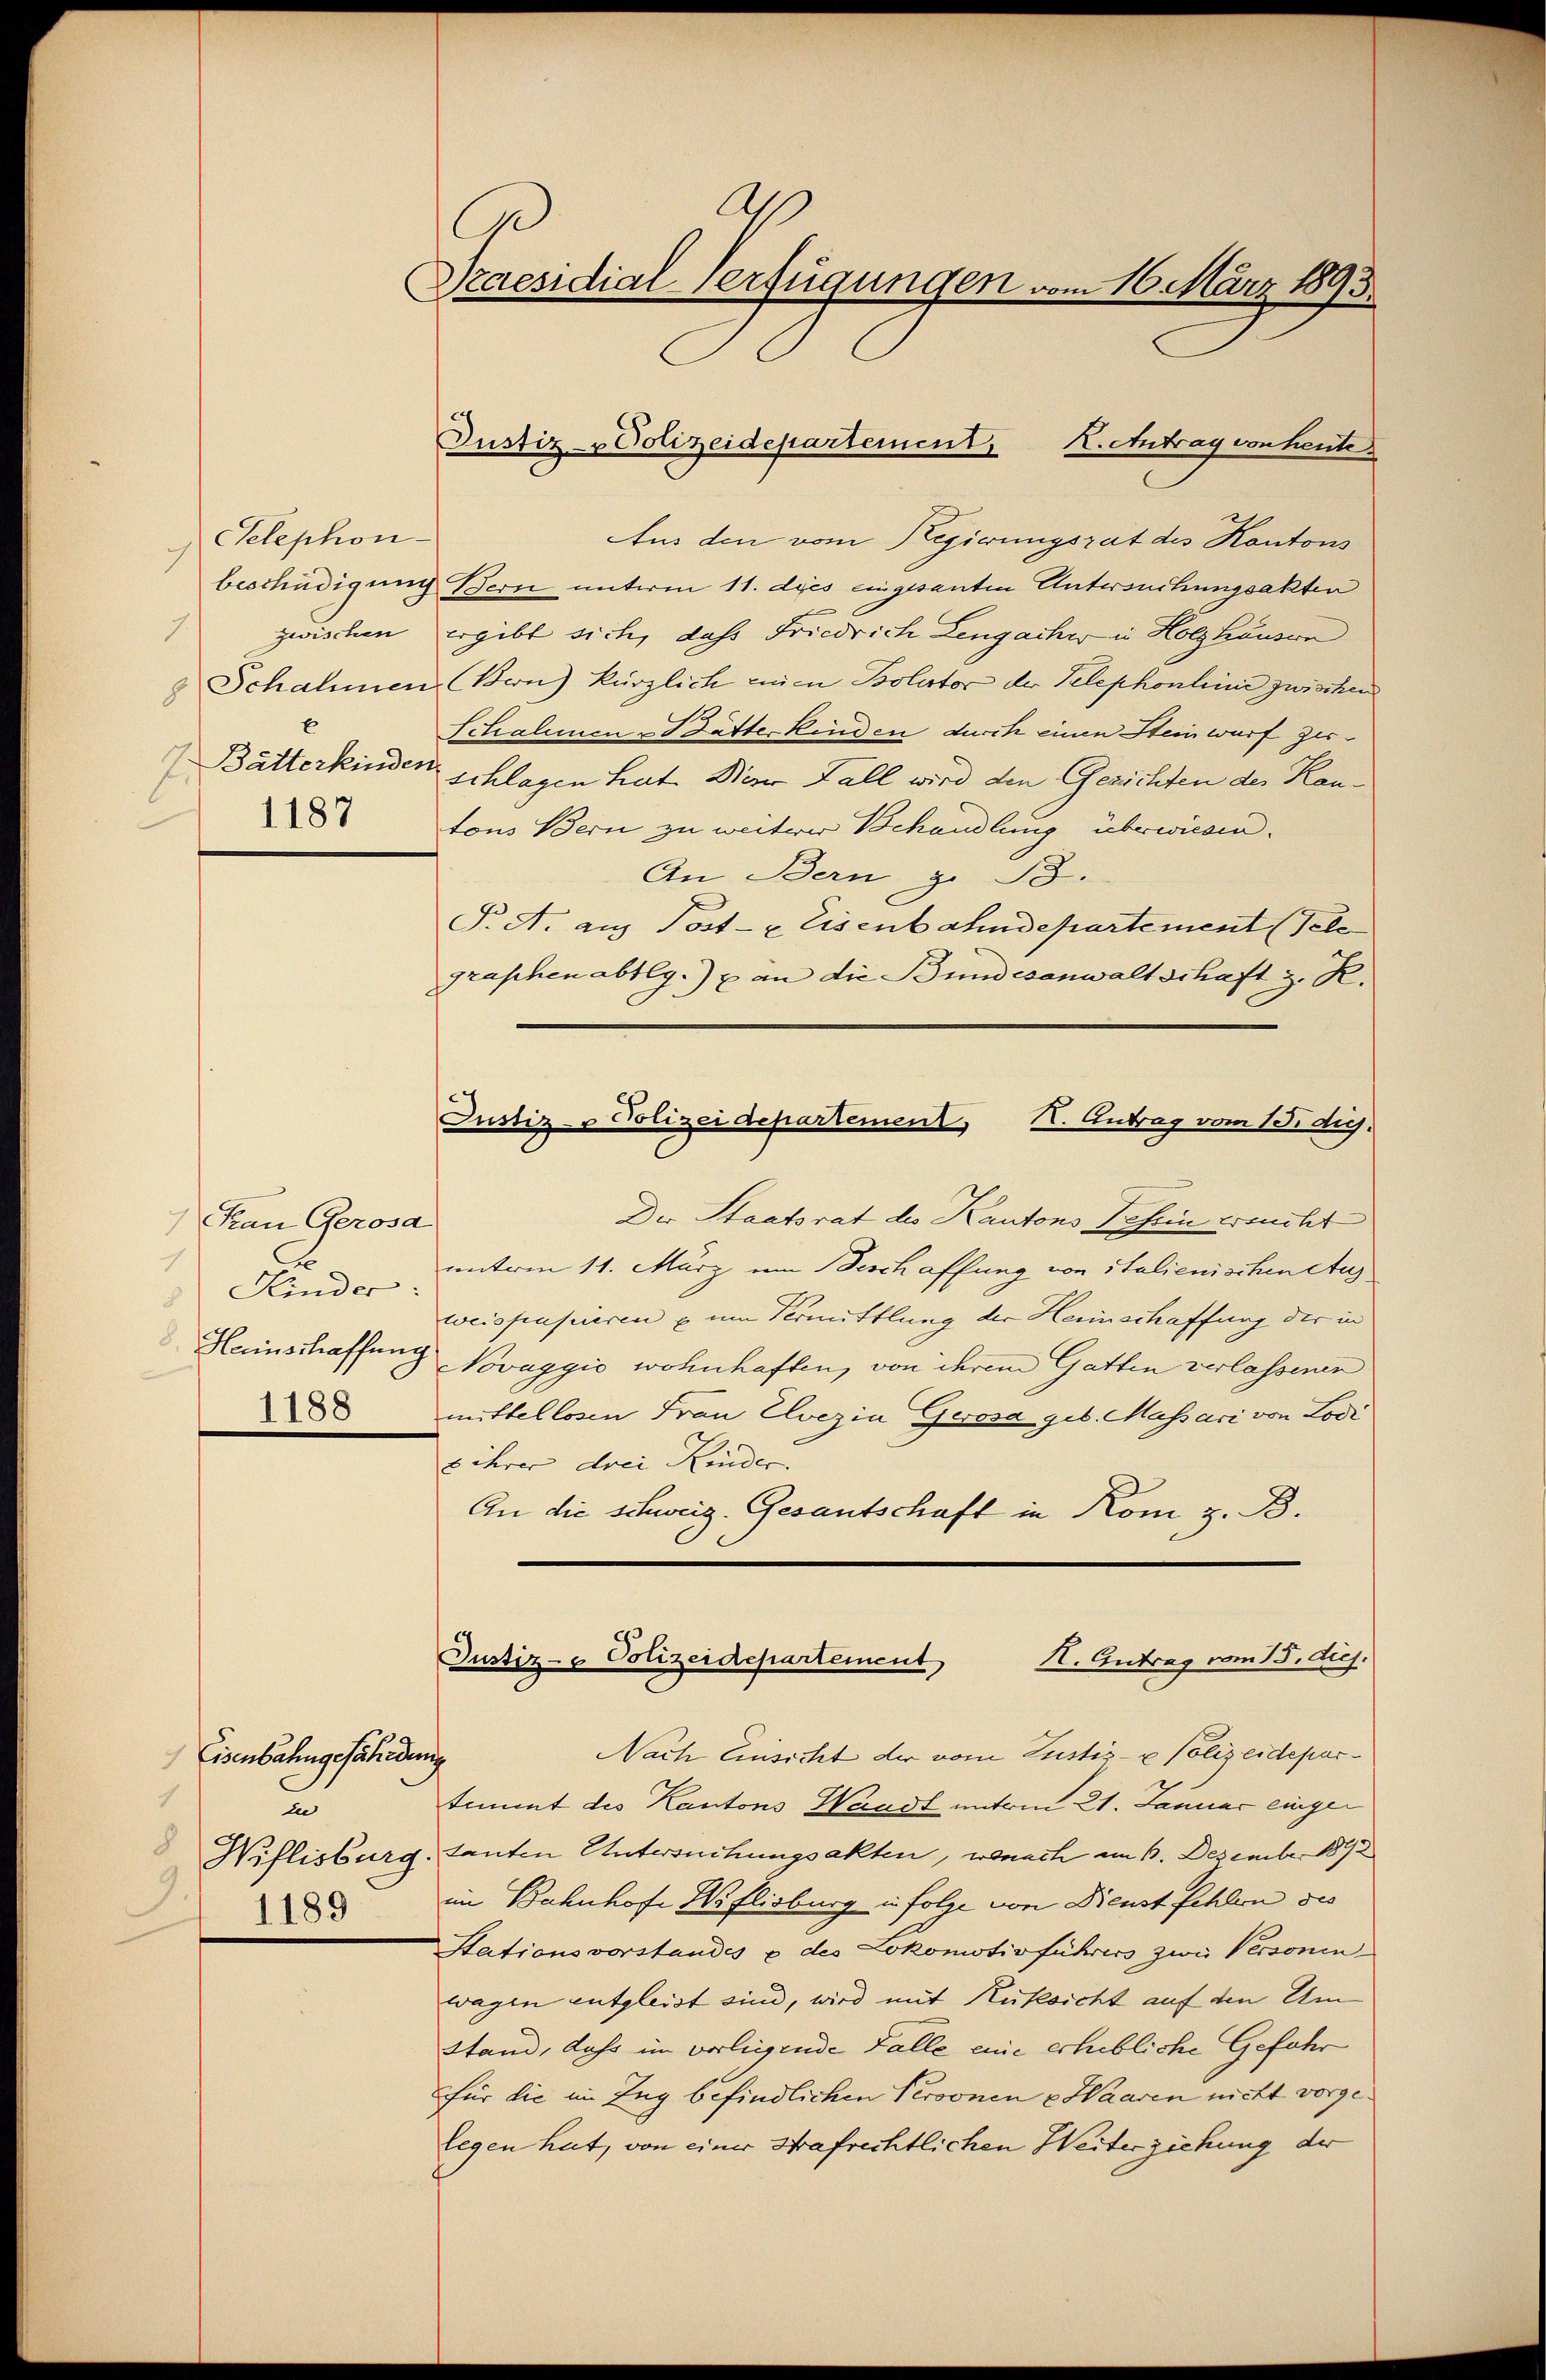
Telephon-
7
.
E
7. Butterkinden
1187

) Frau Gerosd
.
1
Kinder
8
Heinschaffung
1188

Eisenbahngefährdung
1
in
8
9.
1189

p
Praesidial-Verfügungen vom 16. März 1893.

Aus den vom Regierungsrat des Kantons
beschädigung Bern unterm 11. des eingesanten Untersuchungsakten
zwischen ergibt sich, dass Friedrich Lengacher in Holzhausen
& Schahmen (Bern) kürzlich ein Bolator der Telephonlinie zwischen
Schalenen & dätte Kinden durch einen Steinwurf zur
schlagen hat. Dieser Fall wird den Gesichten des Kantons Bern zu weiterer Behandlung überwiesen.
An Bern, z. B.
P. A. aus Post- & Eisenbahndepartement (Tele
graphenabtlg.) an die Bundesanwaltschaft z. R.
Justiz- & Polizeidepartement, I. Antrag vom 13. die.
Die Staatsrat des Kantons Tessin ersucht
unterm 11. März um Beschaffung von italienischen Aus
weispusiieren u um Vermittlung der Heinschaffung der in
Novaggio wohnhaften, von ihrem Gatten verlassener
mittellosen Frau Elvezin Gerosa geb. Massari von Lodr
s ihrer drei Kinder.
An die schweiz. Gesantschaft in Kom, z. B.

Justiz-Polizeidepartement, K. Antrag von heute

Justiz- & Polizeidepartement
X. Antrag vom 15. diej.

Nach Einsicht der vom Zustiz- u Polizeidepartimmt des Kantons Waadt unterm 21. Januar einger
Wiflisburg, tanten Untersuchungsakten, wonach am 1. Dezember 1892
im Bahnhofe W. Elisburg in Folge von Dienst fehlen des
Stationsvorstandes u des Lokomotivführers zwei Versonen
wagen entgleist sind, wird mit Rüksicht auf den Um
Stand, dass in vorliegende Falle eine erhebliche Gefahr
für die im Zug befindlichen Personen & Waaren nicht vorgelegen hat, von einer Strafrechtlichen Weiterziehung der